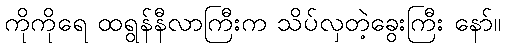
ကိုကိုရေ ထရွန်နီလာကြီးက သိပ်လှတဲ့ခွေးကြီး နော်။